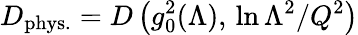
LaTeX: D_{\mathrm{phys.}}=D\left(g_{0}^{2}(\Lambda),\, \ln\Lambda^{2}/Q^{2}\right)